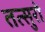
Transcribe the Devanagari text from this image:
तत्सुरो